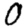
Digit: 0